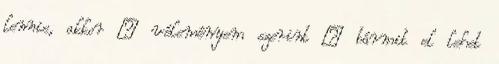
lennie, akkor – véleményem szerint – bármit el lehet